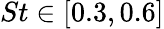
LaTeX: St\in[0.3,0.6]